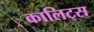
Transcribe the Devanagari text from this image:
कालिट्स